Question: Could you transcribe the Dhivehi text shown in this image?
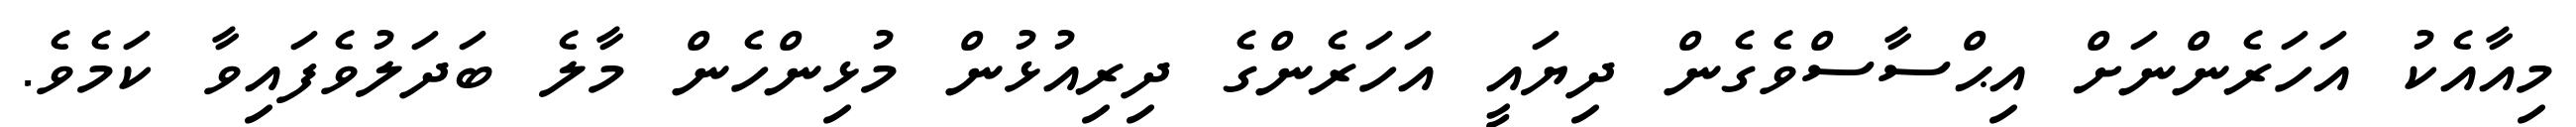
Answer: މިއާއެކު އަހަރެންނަށް އިޙްސާސްވެގެން ދިޔައީ އަހަރެންގެ ދިރިއުޅުން މުޅިންހެން މާލެ ބަދަލުވެފައިވާ ކަމެވެ.